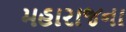
મહારાજના